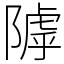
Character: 𨻲